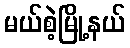
မယ်စဲ့မြို့နယ်